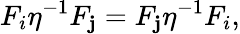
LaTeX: F_{i}\eta^{-1}F_{\mathbf{j}}=F_{\mathbf{j}}\eta^{-1}F_{i},